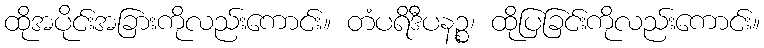
ထိုအပိုင်းအခြားကိုလည်းကောင်း။ တံပရိဒီပနဉ္စ၊ ထိုပြခြင်းကိုလည်းကောင်း။